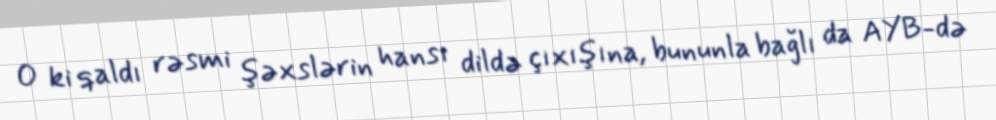
O ki qaldı rəsmi şəxslərin hansı dildə çıxışına, bununla bağlı da AYB-də